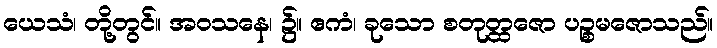
ယေသံ၊ တို့တွင်။ အဝသနေ၊ ၌။ ဧကံ၊ ခုသော စတုတ္ထဇော ပဉ္စမဇောသည်။